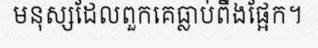
មនុស្សដែលពួកគេធ្លាប់ពឹងផ្អែក។